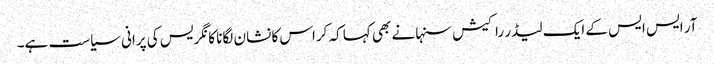
آر ایس ایس کے ایک لیڈر راکیش سنہا نے بھی کہا کہ کراس کا نشان لگانا کانگریس کی پرانی سیاست ہے۔